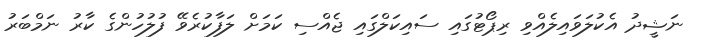
ނަޝީދު އެކުލަވައިލެއްވި ރިޕޯޓުގައި ސައިކަލްގައި ޖެއްސި ކަމަށް ލަފާކުރެވޭ ފުލުހުންގެ ކާރު ނަމްބަރު